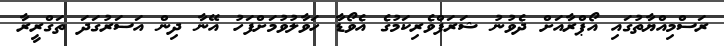
ރަސްމިއްޔާތުގައި އޯޕްރާއަށް ދެވުނު ޝަރަފްވެރިކަމުގެ އެވޯޑާ ހަވާލުވުމަށްފަހު އޭނާ ދިން އަސަރުގަދަ ތަގްރީރާ